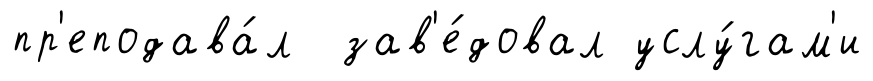
пр'еподава́л зав'е́довал услу́гам'и